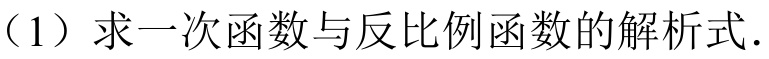
（1）求一次函数与反比例函数的解析式.